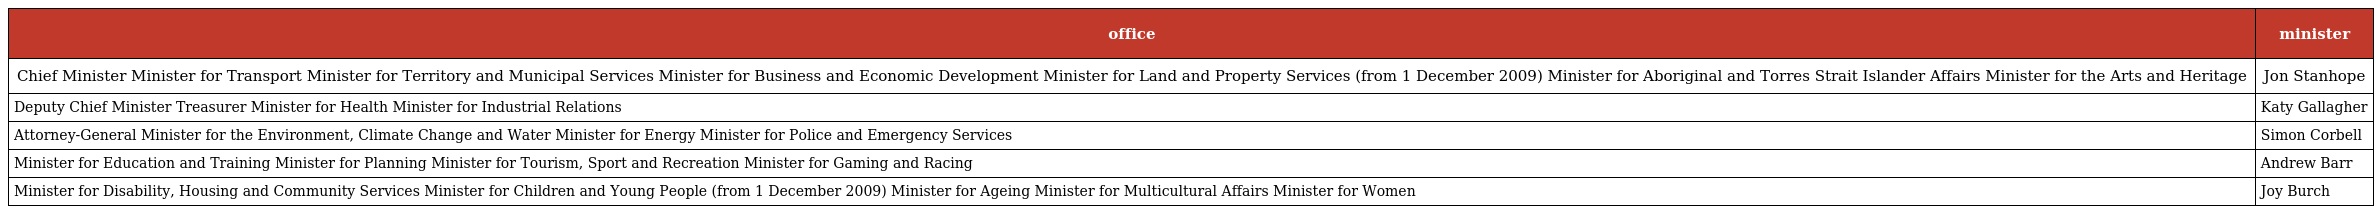
| office | minister |
 | --- | --- |
 | Chief Minister Minister for Transport Minister for Territory and Municipal Services Minister for Business and Economic Development Minister for Land and Property Services (from 1 December 2009) Minister for Aboriginal and Torres Strait Islander Affairs Minister for the Arts and Heritage | Jon Stanhope |
 | Deputy Chief Minister Treasurer Minister for Health Minister for Industrial Relations | Katy Gallagher |
 | Attorney-General Minister for the Environment, Climate Change and Water Minister for Energy Minister for Police and Emergency Services | Simon Corbell |
 | Minister for Education and Training Minister for Planning Minister for Tourism, Sport and Recreation Minister for Gaming and Racing | Andrew Barr |
 | Minister for Disability, Housing and Community Services Minister for Children and Young People (from 1 December 2009) Minister for Ageing Minister for Multicultural Affairs Minister for Women | Joy Burch |